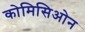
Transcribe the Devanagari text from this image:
कोमिसिओन